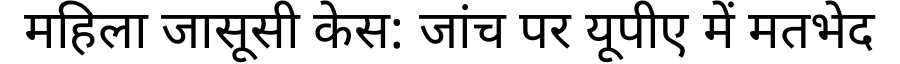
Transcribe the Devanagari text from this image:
महिला जासूसी केस: जांच पर यूपीए में मतभेद